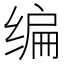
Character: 编